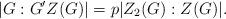
LaTeX: \begin{align*} |G:G'Z(G)|=p|Z_2(G):Z(G)|. \end{align*}